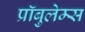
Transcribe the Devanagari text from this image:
प्रॉबुलेम्स